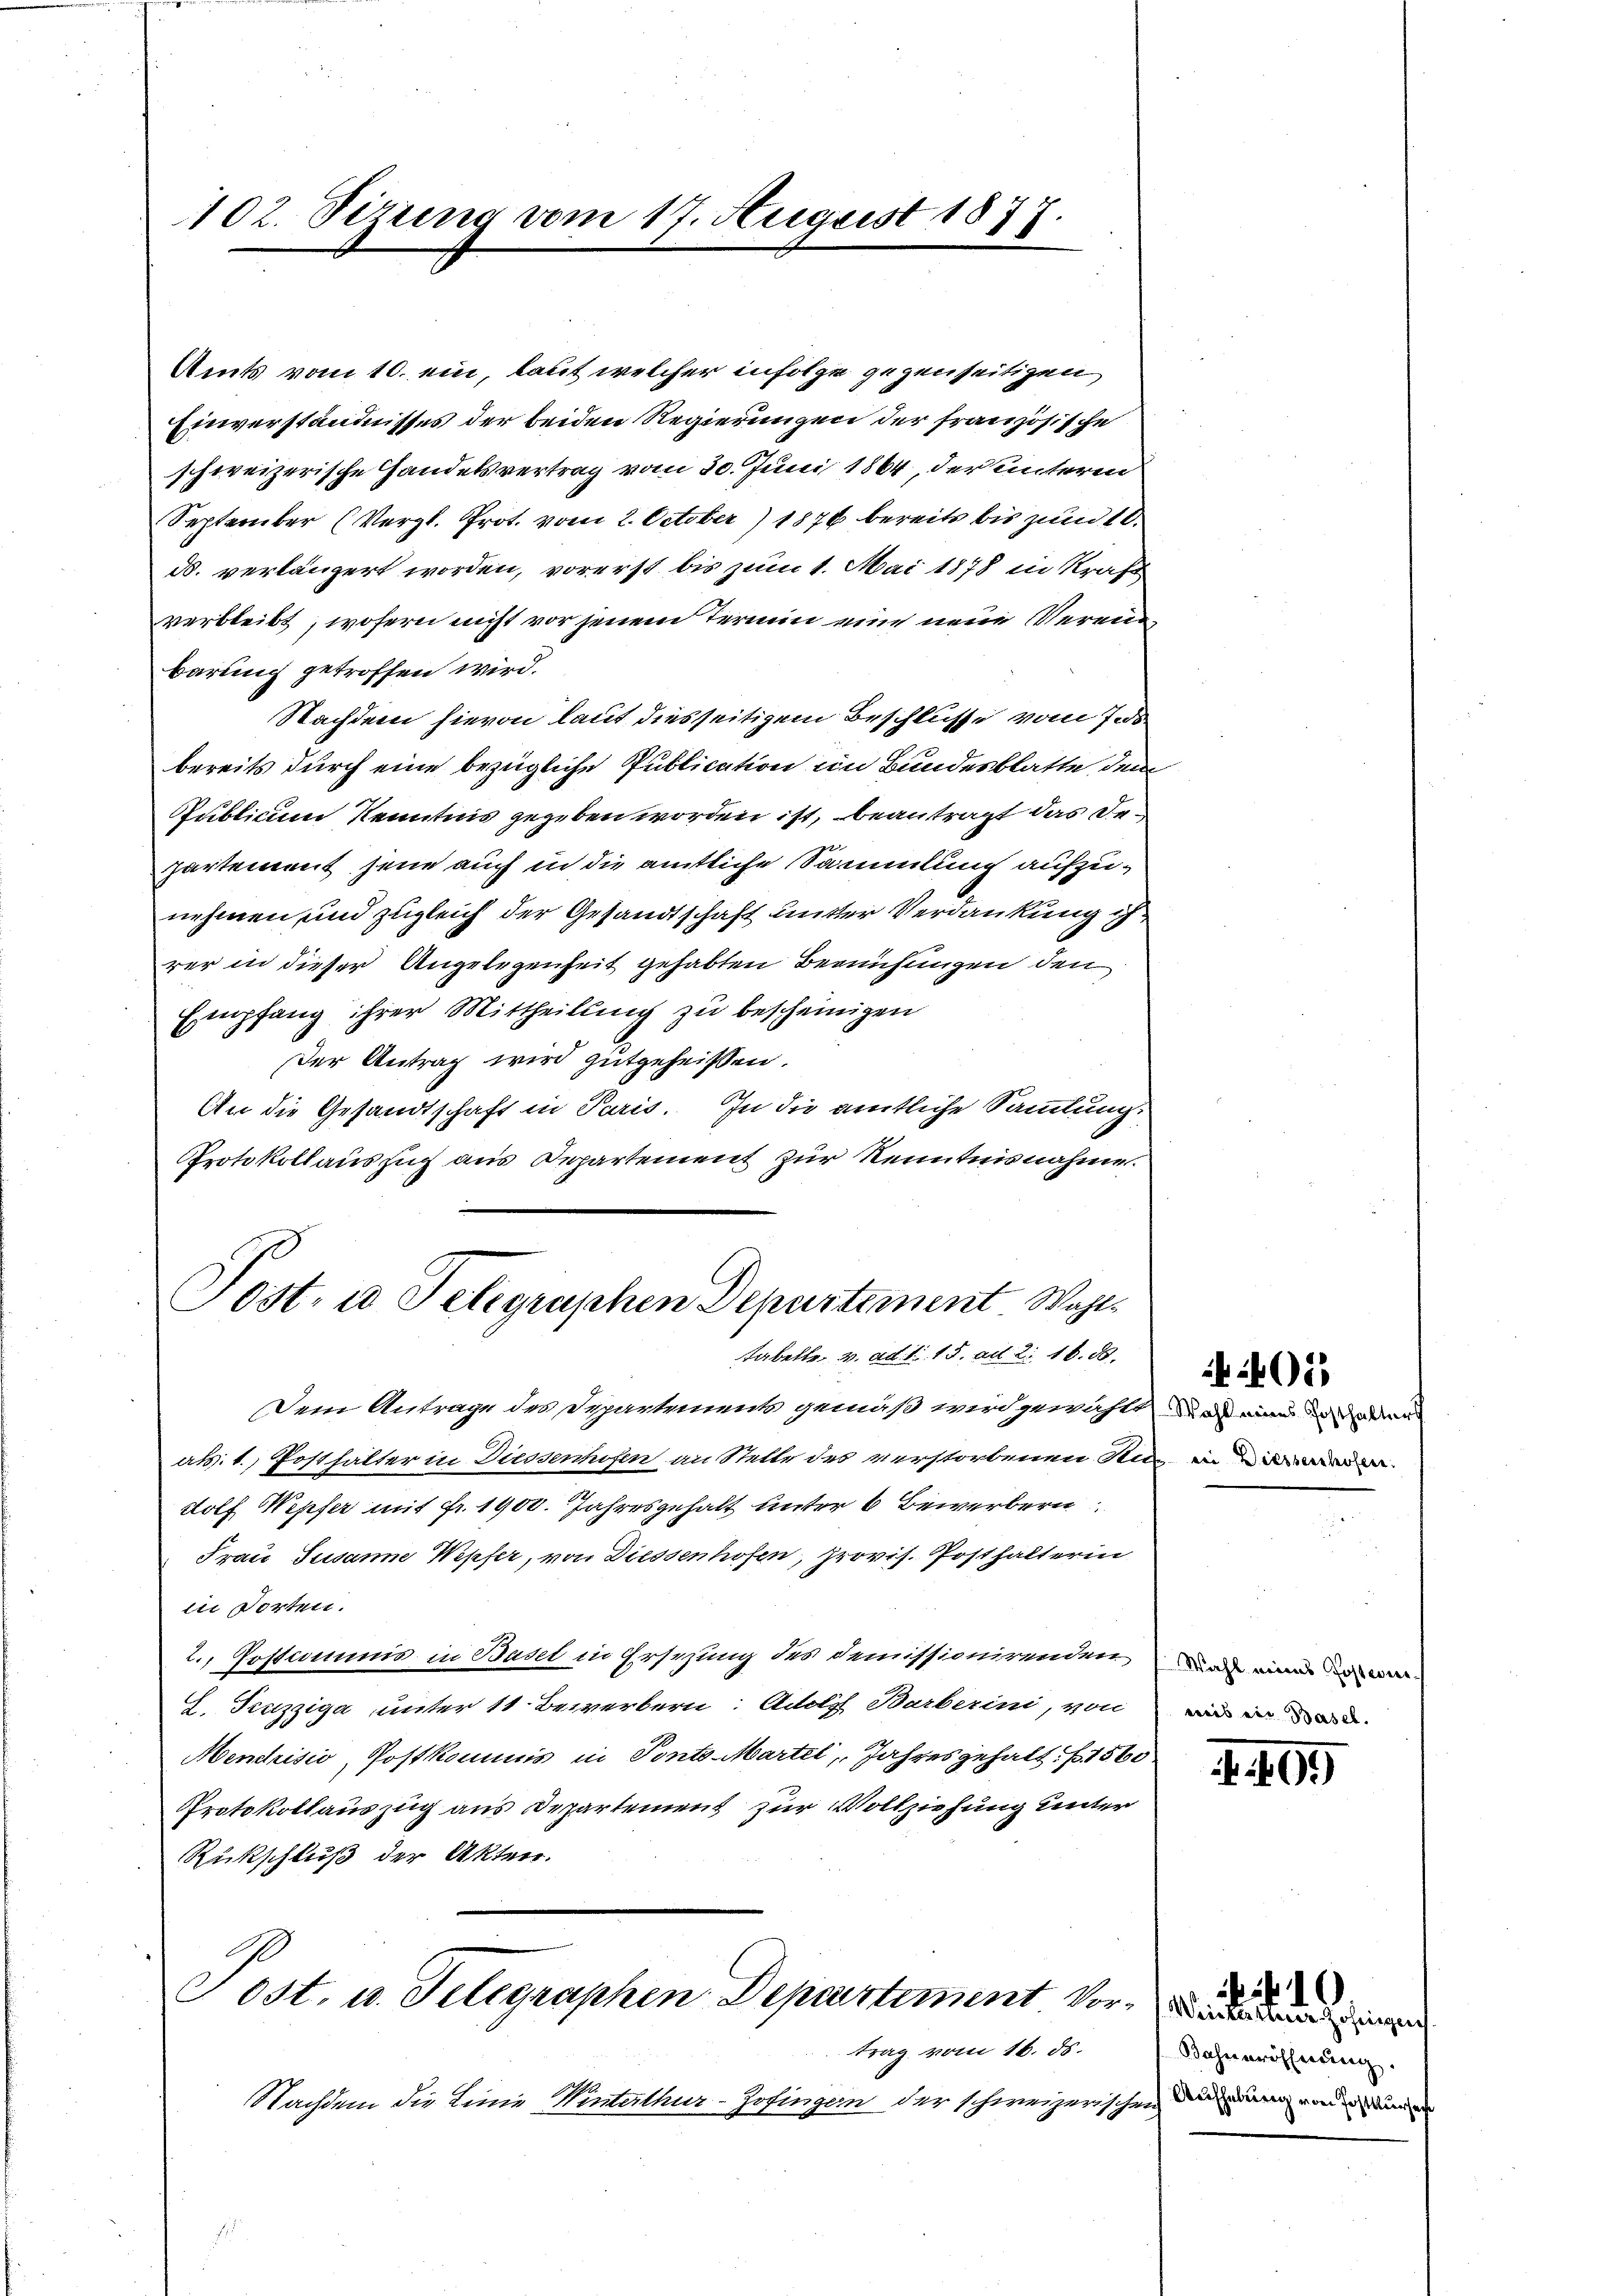
Amts vom 10. ein, laut welcher infolge gegenseitigen
Einverständnisses der beiden Regierungen der französische
schweizerische Handelsvertrag vom 30. Juni 1864, der unterm
September (Vergl. Prot. vom 2. October) 1876 bereits bis zum 10.
d. verlängert worden, vorerst bis zum 1. Mai 1878 in Kraft
verbleibt, wofern nicht vor jenem Termin eine neue Verein
barung getroffen wird.
Nachdem hievon laut diesseitigem Beschlüsse vom 7. ds
bereits durch eine bezügliche Publication im Bundesblatte dem
Publicum Kenntnis gegeben worden ist, beantragt das Departement jene auch in die amtliche Sammlung aufzunehmen und zugleich der Gesandtschaft unter Verdankung
rer in dieser Angelegenheit gehabten Bemühungen den
Empfang ihrer Mittheilung zu bescheinigen
Der Antrag wird gutgeheissen.
An die Gesandtschaft in Paris. In die amtliche Sammlung.
Protokollauszug aus Departement zur Kenntnisnahme.
Post, u Telegraphen Departement Wohls
tabette, v. ad 1. 15. ad 2. 16. 88.
dem Antrage des Separtement gemäß wird gewählt das eine in den
als. 1. Posthalter in Diessenhofen an Stelle des verstorbenen Nun in eine
dolf Wepfer mit Fr. 1900. Jahresgehalt unter 6 Bewerbern
Frau Susanne Wepfer, von Diessenhofen, provis. Posthalterin
in dorten.
2. Postnumis in Basel in Ersezung des Demissionirenden und eine
I. Truzziga unter 11 Bewerbern: Adolf Barberini, von
Mendrisio, Postkommis in Ponto-Martel, Jahresgehalt. 1560
Protokollauszug aus Departement zur Vollziehung unter
Rückschluß der Akten.
Post. u. Telegraphen Departiment vor
trag vom 16. ds.
Nachdem die Linie Winterthur-Zofingen der schweizerischen darung von de

102. Sizung vom 17. August 1877.

01)

wees ein Basel.

f. 409

Bahneröffnung.

10